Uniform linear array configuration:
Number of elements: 64
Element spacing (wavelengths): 0.75
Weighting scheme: cosine
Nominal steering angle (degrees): -60
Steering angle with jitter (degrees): -59.267
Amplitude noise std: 0.05
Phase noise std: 0.05

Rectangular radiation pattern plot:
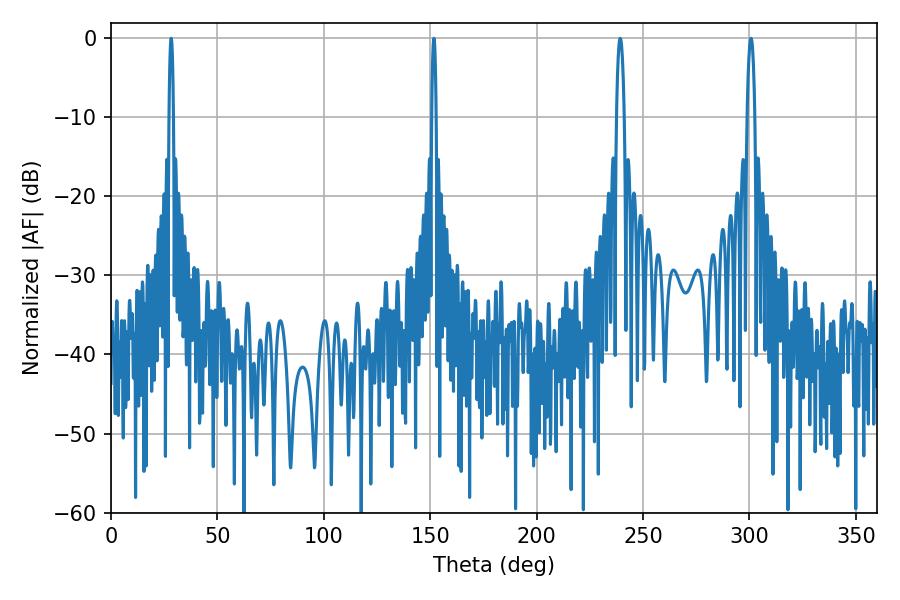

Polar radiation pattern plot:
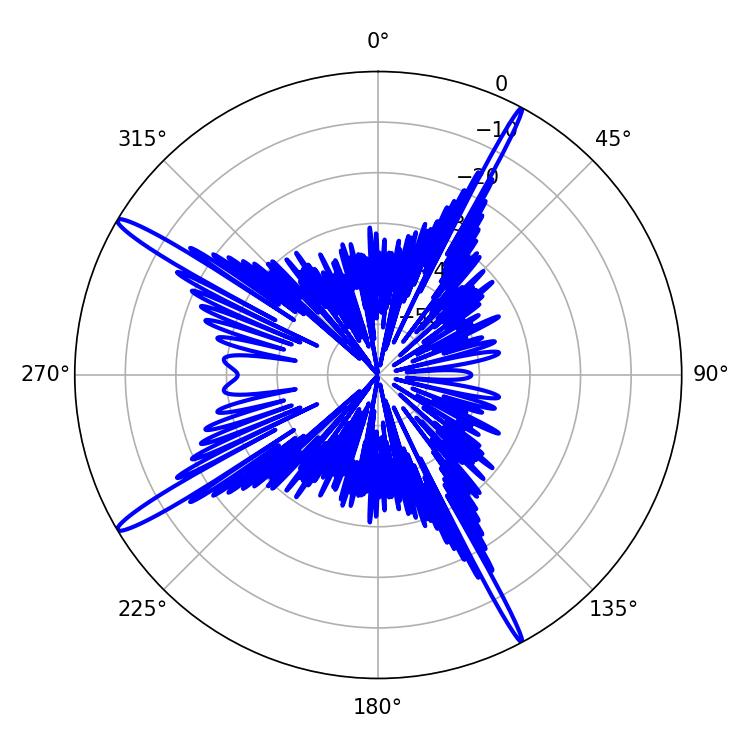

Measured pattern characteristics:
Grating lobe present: TRUE
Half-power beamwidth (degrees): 1.08
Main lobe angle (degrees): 28.26